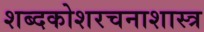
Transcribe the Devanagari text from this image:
शब्दकोशरचनाशास्त्र